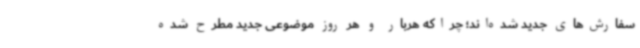
سفارش‌های جدید شده‌اند؛ چراکه هربار و هر روز موضوعی جدید مطرح شده